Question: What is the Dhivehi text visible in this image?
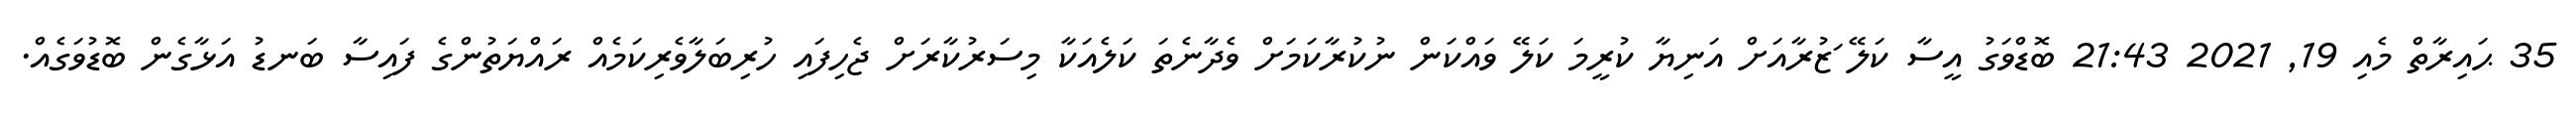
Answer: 35 ޙައިރާތް މެއި 19, 2021 21:43 ބޮޑްވަގު އީސާ ކަލޭ ަޒުރާއަށް އަނިޔާ ކުރީމަ ކަލޭ ވައްކަން ނުކުރާކަމަށް ވެދާނެތަ ކަލެއަކާ މިސަރުކާރަށް ޖެހިފައި ހުރިބަލާވެރިކަމެއް ރައްޔަތުންގެ ފައިސާ ބަނޑު އަޅާގެން ބޮޑުވަގެއް.